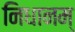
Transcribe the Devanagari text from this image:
निधानम्